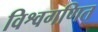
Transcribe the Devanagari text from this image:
विश्वगणित